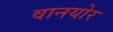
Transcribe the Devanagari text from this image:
वानयोर